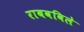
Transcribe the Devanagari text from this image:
राबवविले